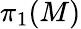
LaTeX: \pi_{1}(M)